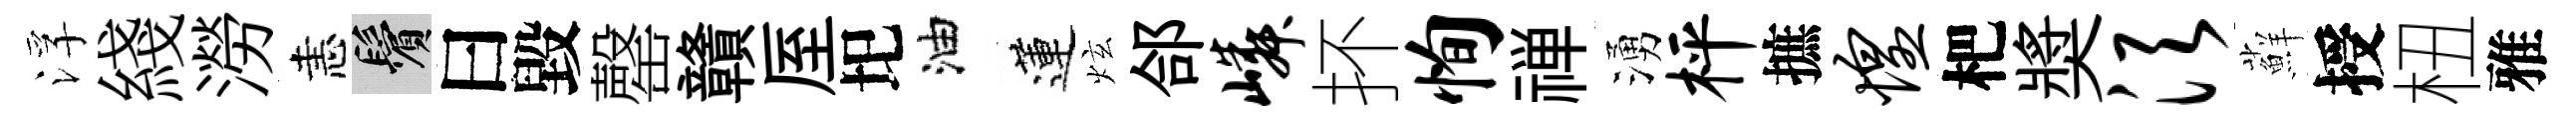
浮綫澇恚鬢曰毀罄贛厔圯油蓮炫郃嶙抔恂禅湧枰摭惶杷奬须蘚授杻雅